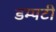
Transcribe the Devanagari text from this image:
डम्पटी